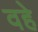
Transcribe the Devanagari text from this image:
वहे